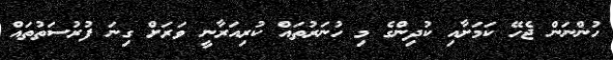
ހުންނަން ޖެހޭ ކަމަށާއި ކުދިންގެ މި ހުނަރުތައް ކުރިއަރާނީ ވަރަށް ގިނަ ފުރުސަތުތައް